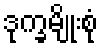
ဒုက္ခမျိုးစုံ